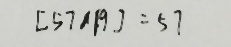
[ 5 7 , 1 9 ] = 5 7